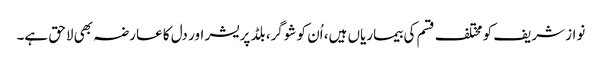
نواز شریف کو مختلف قسم کی بیماریاں ہیں، اُن کو شوگر، بلڈ پریشر اور دل کا عارضہ بھی لاحق ہے۔